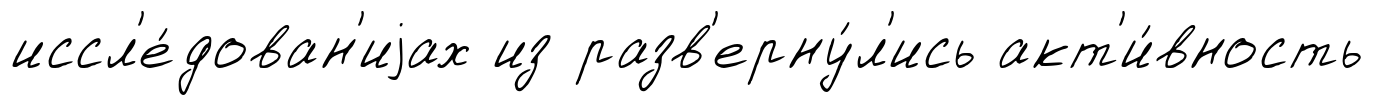
иссл'е́дован'иjах из разв'ерну́л'ись акт'и́вность